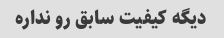
دیگه کیفیت سابق رو نداره